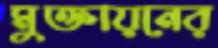
মুক্তায়নের